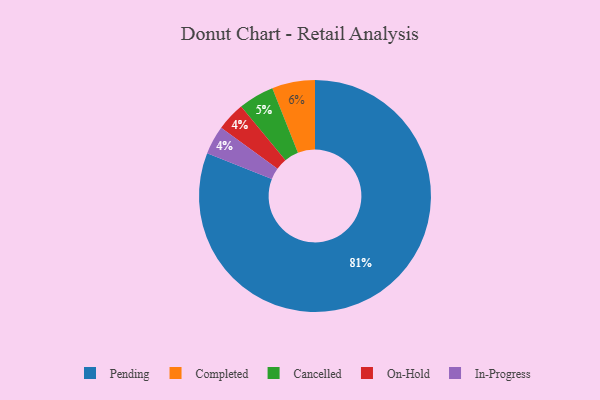
{"axis": {"x": "Category", "y": "Percentage"}, "legend": ["Cancelled", "Completed", "In-Progress", "On-Hold", "Pending"], "data": [{"x": "Pending", "y": 81, "type": "Pending"}, {"x": "On-Hold", "y": 4, "type": "On-Hold"}, {"x": "In-Progress", "y": 4, "type": "In-Progress"}, {"x": "Completed", "y": 6, "type": "Completed"}, {"x": "Cancelled", "y": 5, "type": "Cancelled"}]}